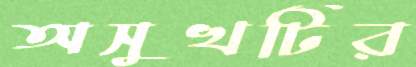
অসুখটির